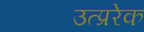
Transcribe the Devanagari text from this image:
उत्प्ररेक